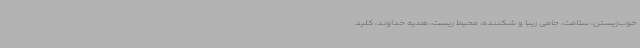
خوب‌زیستن، سلامت، جامی زیبا و شکننده، محیط زیست، هدیه خداوند، کلید